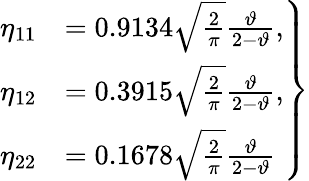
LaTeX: \begin{array}{r}{\left.\begin{array}{rl}{\eta_{11}}&{=0.9134\sqrt{\frac{2}{\pi}}\frac{\vartheta}{2-\vartheta},}\\ {\eta_{12}}&{=0.3915\sqrt{\frac{2}{\pi}}\frac{\vartheta}{2-\vartheta},}\\ {\eta_{22}}&{=0.1678\sqrt{\frac{2}{\pi}}\frac{\vartheta}{2-\vartheta}}\end{array}\right\} }\end{array}